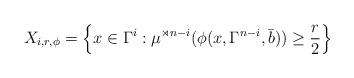
LaTeX: \begin{align*}X_{i,r,\phi}=\left\{x \in \Gamma^i : \mu^{\rtimes n-i}(\phi(x,\Gamma^{n-i},\bar b))\ge \frac{r}{2} \right\} \end{align*}